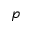
p